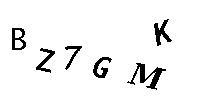
BZ7GMK